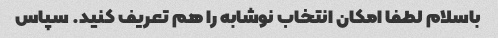
باسلام لطفا امکان انتخاب نوشابه را هم تعریف کنید. سپاس